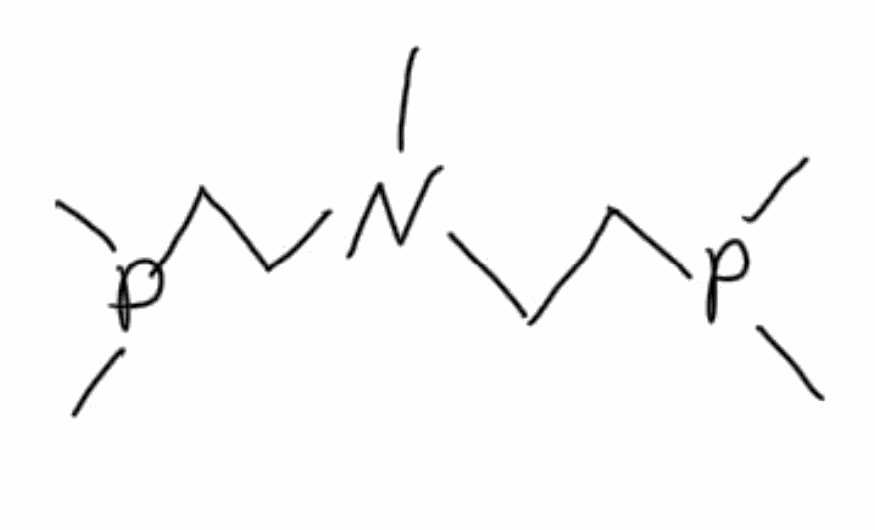
Simplified molecular-input line-entry system (SMILES) notation of the given molecule:
CN(CCP(C)C)CCP(C)C